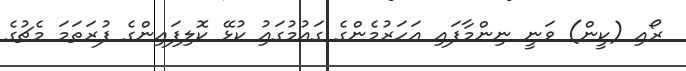
ރޯއި (ކީން) ވަނީ ނިންމާފައި އަހަރުމެންގެ ގައުމުގައިު ކުޅޭ ކޮލިފައިންގެ ފުރަތަމަ މެޗުގެ